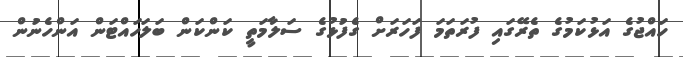
ހައްޖުގެ އަޅުކަމުގެ ތެރޭގައި ފުރަތަމަ ފަހަރަށް ގެފުޅުގެ ސަލާމަތީ ކަންކަން ބަލަހައްޓަން އަންހެނުން